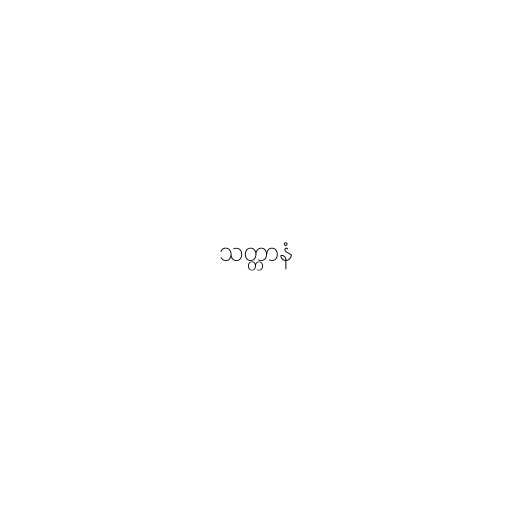
သတ္တာနံ